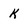
Character: k